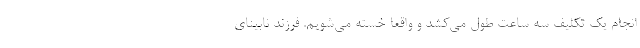
انجام یک تکلیف سه ساعت طول می‌کشد و واقعا خسته می‌شویم. فرزند نابینای